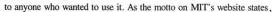
to anyone who wanted to use it,Asthe motto on MrT's website states .